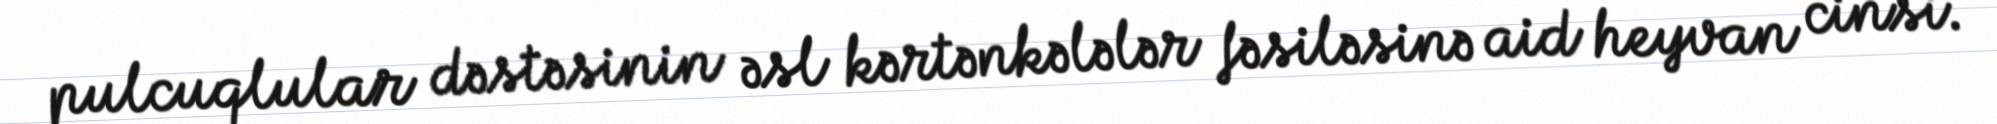
pulcuqlular dəstəsinin əsl kərtənkələlər fəsiləsinə aid heyvan cinsi.